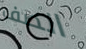
الصف